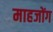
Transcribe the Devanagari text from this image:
माहजोंग